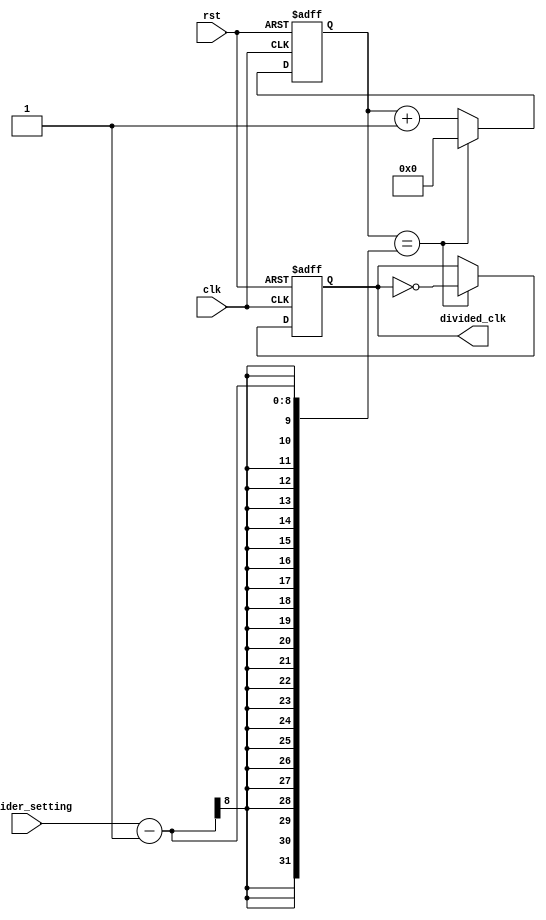
module clock_divider (
    input wire clk,
    input wire rst,
    input wire [7:0] divider_setting,
    output reg divided_clk
);

reg [7:0] counter;

always @(posedge clk or posedge rst) begin
    if (rst) begin
        counter <= 8'b0;
        divided_clk <= 1'b0;
    end else begin
        if (counter == divider_setting - 1) begin
            counter <= 8'b0;
            divided_clk <= ~divided_clk;
        end else begin
            counter <= counter + 1;
        end
    end
end

endmodule